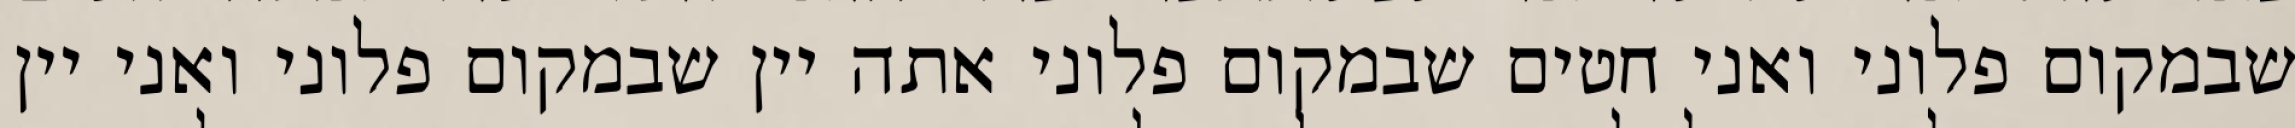
שבמקום פלוני ואני חטים שבמקום פלוני אתה יין שבמקום פלוני ואני יין